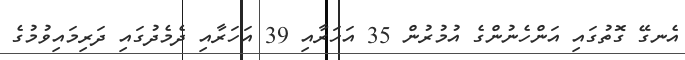
އެނގޭ ގޮތުގައި އަންހެނުންގެ އުމުރުން 35 އަހަރާއި 39 އަހަރާއި ދެމެދުގައި ދަރިމައިވުމުގެ